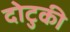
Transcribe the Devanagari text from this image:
दोटुकी